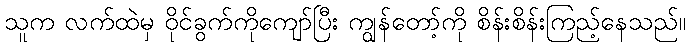
သူက လက်ထဲမှ ဝိုင်ခွက်ကိုကျော်ပြီး ကျွန်တော့်ကို စိန်းစိန်းကြည့်နေသည်။